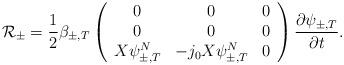
LaTeX: \begin{align*} \mathcal R_\pm=\frac{1}{2} \beta_{\pm,T}\left(\begin{array}{ccc}0 & 0 & 0\\0 & 0 & 0\\ X\psi_{\pm,T}^N & - j_0X\psi_{\pm,T}^N & 0\end{array}\right)\frac{\partial \psi_{\pm,T}}{\partial t}.\end{align*}